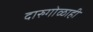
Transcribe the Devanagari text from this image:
दारुगोळाही